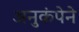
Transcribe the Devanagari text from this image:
अनुकंपेने